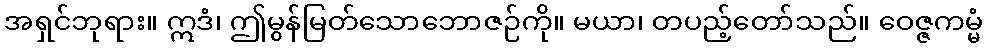
အရှင်ဘုရား။ ဣဒံ၊ ဤမွန်မြတ်သောဘောဇဉ်ကို။ မယာ၊ တပည့်တော်သည်။ ဝေဇ္ဇကမ္မံ